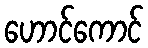
ဟောင်ကောင်